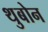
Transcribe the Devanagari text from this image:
थुबोन